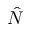
\hat { N }